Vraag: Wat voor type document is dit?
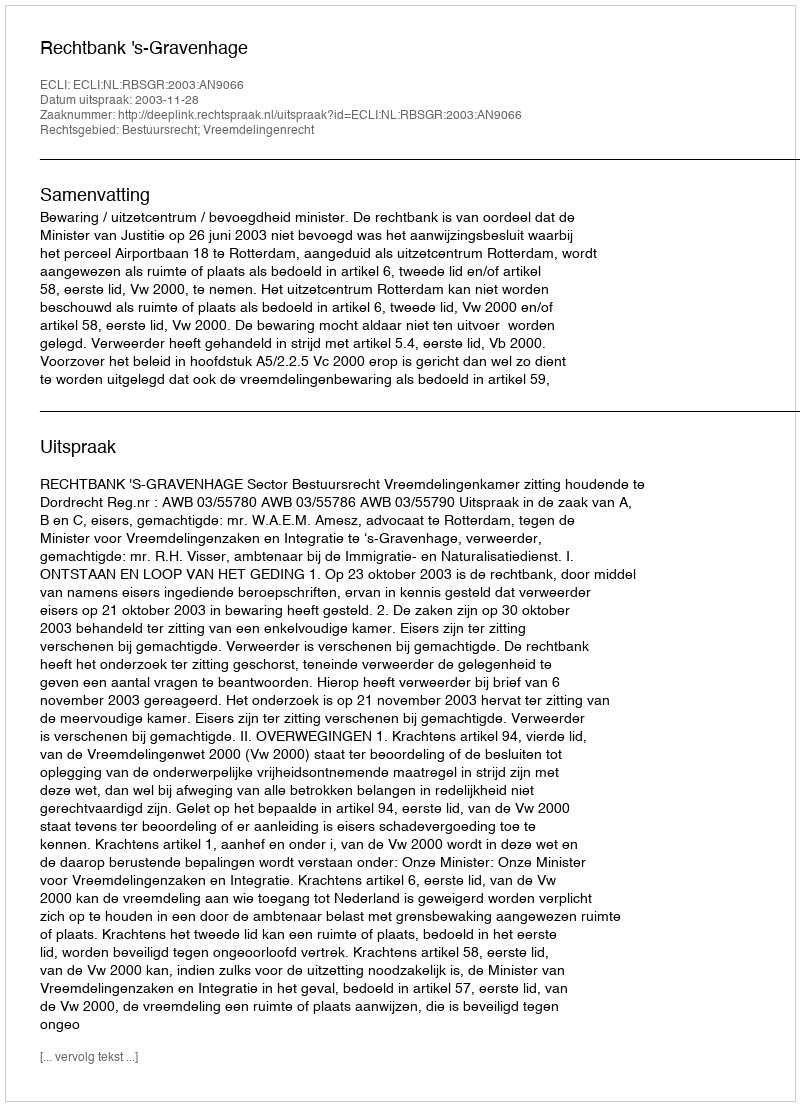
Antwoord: Uitspraak